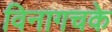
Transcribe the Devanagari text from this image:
विनागचके